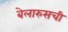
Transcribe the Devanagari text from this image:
बेलारुसची